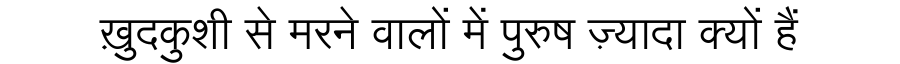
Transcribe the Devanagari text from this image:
ख़ुदकुशी से मरने वालों में पुरुष ज़्यादा क्यों हैं